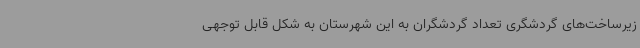
زیرساخت‌های گردشگری تعداد گردشگران به این شهرستان به شکل قابل توجهی